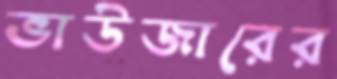
ভাউজারের